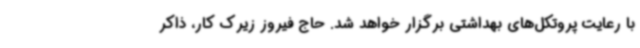
با رعایت پروتکل‌های بهداشتی برگزار خواهد شد. حاج فیروز زیرک کار، ذاکر